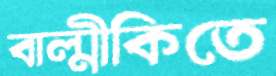
বাল্মীকিতে